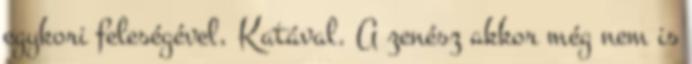
egykori feleségével, Katával. A zenész akkor még nem is